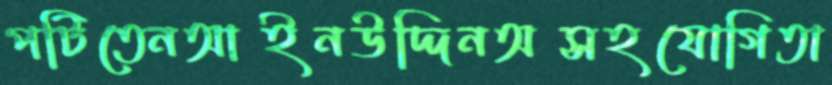
পটিতেনআইনউদ্দিনঅসহযোগিতা